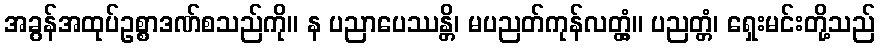
အခွန်အထုပ်ဥစ္စာဒဏ်စသည်ကို။ န ပညာပေဿန္တိ၊ မပညတ်ကုန်လတ္တံ့။ ပညတ္တံ၊ ရှေးမင်းတို့သည်